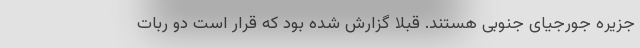
جزیره جورجیای جنوبی هستند. قبلا گزارش شده بود که قرار است دو ربات